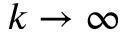
k \to \infty